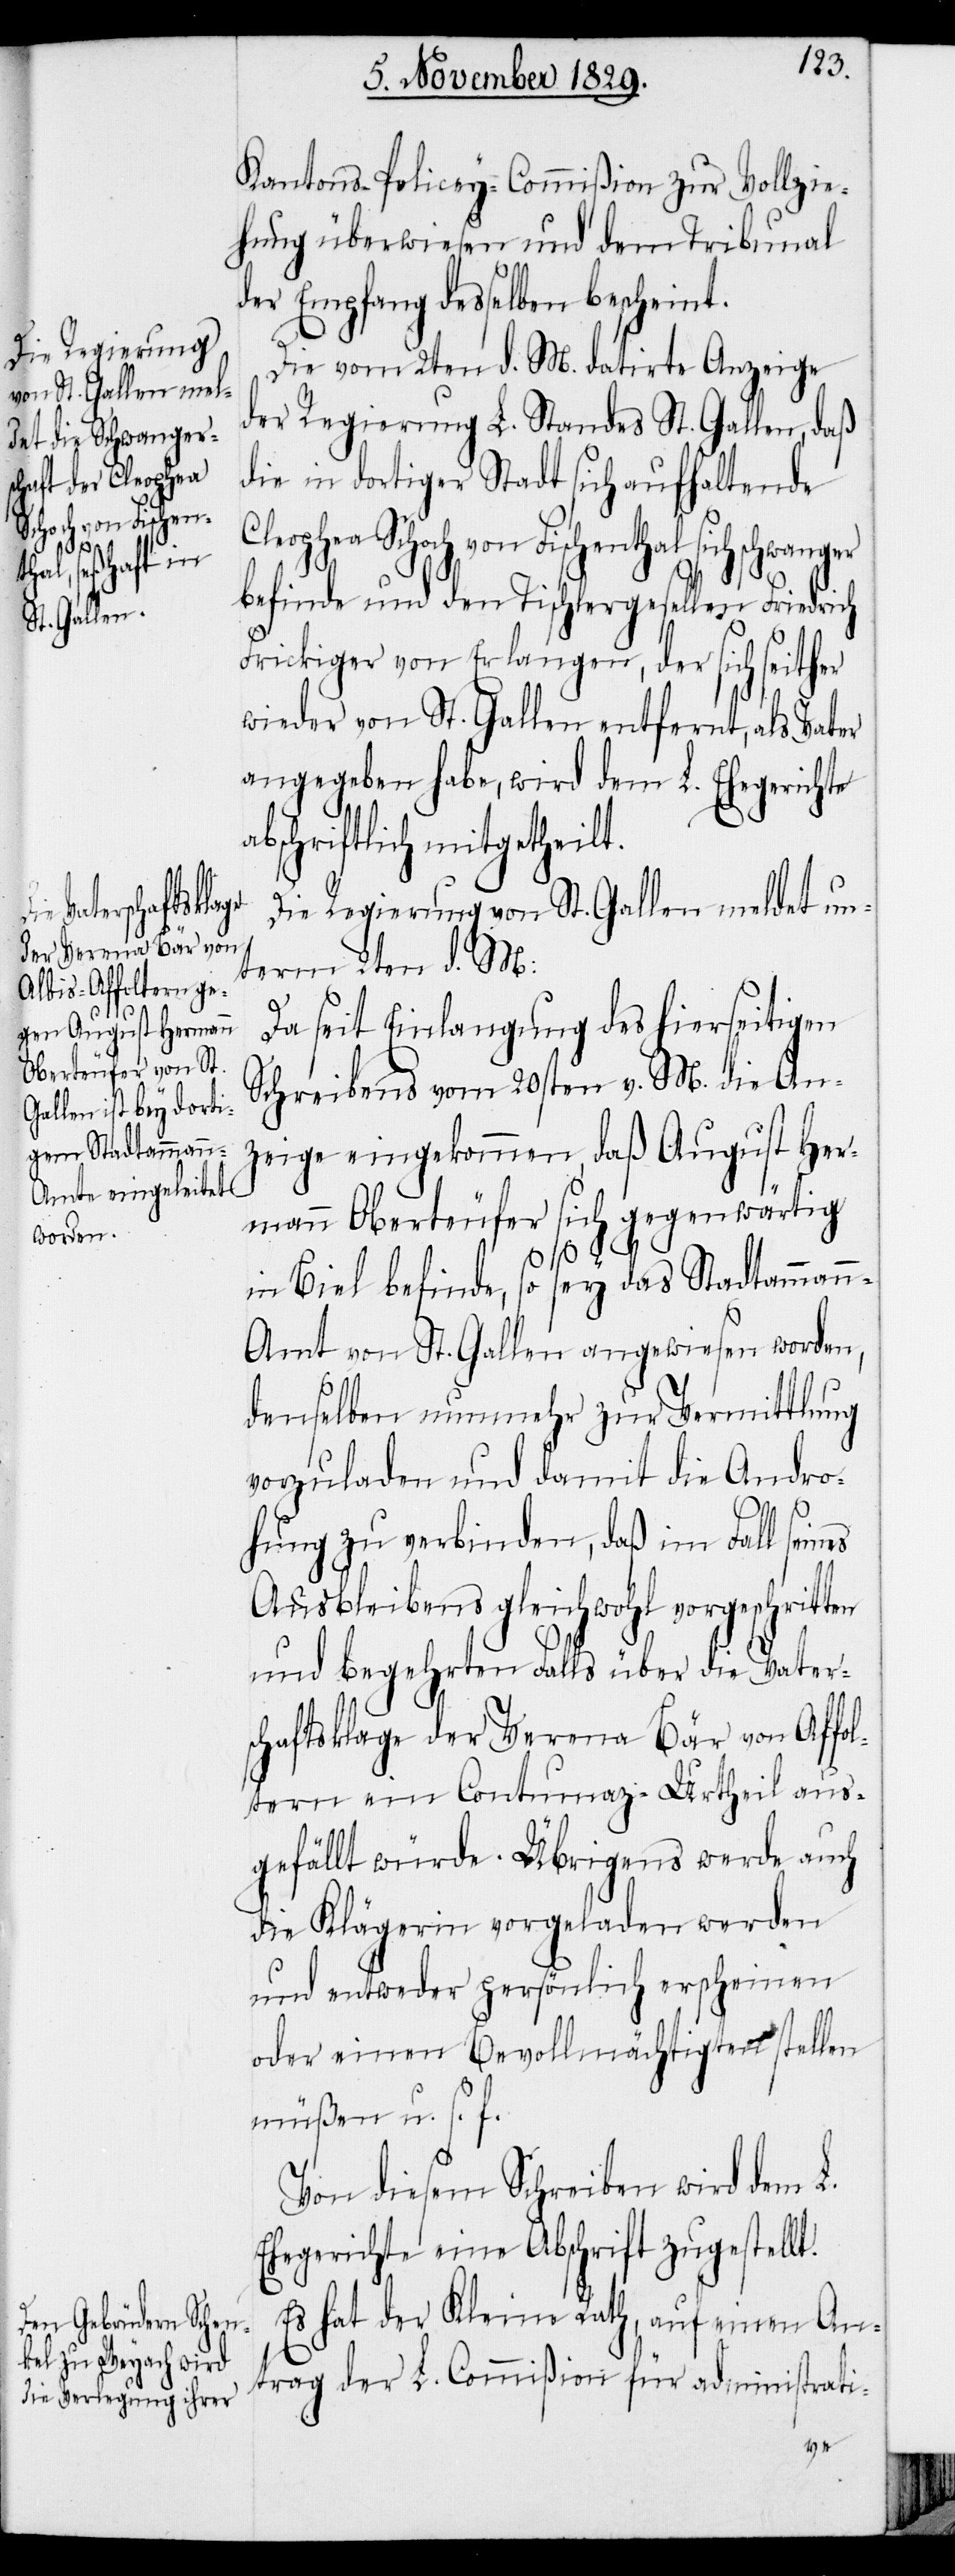
Kantons-Policey-Commißion zur Vollzie¬
hung überwiesen und dem Tribunal
der Empfang desselben bescheint.
Die vom 2ten d. M. datirte Anzeige
der Regierung L. Standes St. Gallen, daß
die in dortiger Stadt sich aufhaltende
Fischenthal sich schwanger
befinde und den Tischlergesellen Friedrich
Frickiger von Erlangen, der sich seither
wieder von St. Gallen entfernt, als Vater
angegeben habe, wird dem L. Ehegerichte
abschriftlich mitgetheilt.
Die Regierung von St. Gallen meldet un¬
term 2ten d. M.:
Da seit Einlangung des hierseitigen
Schreibens vom 20sten v. M. die An¬
zeige eingekommen, daß August Her¬
mann Oberteufer sich gegenwärtig
t.
in Biel befinde, so sey das Stadtamman¬
n-Amt von St. Gallen angewiesen worden,
denselben nunmehr zur Vermittlung
vorzuladen und damit die Andro¬
hung zu verbinden, daß im Fall seines
Ausbleibens gleichwohl vorgeschritten
und begehrten Falls über die Vater¬
schaftsklage der Verena Bär von Affo¬
ltern ein Contumaz-Urtheil aus¬
gefällt würde. Übrigens werde auch
die Klägerin vorgeladen werden
und entweder persönlich erscheinen
oder einen Bevollmächtigten stellen
müßen u. s. f.
Von diesem Schreiben wird dem L.
Ehegerichte eine Abschrift zugestell¬
Es hat der Kleine Rath, auf einen An¬
trag der L. Commißion für administrati-